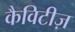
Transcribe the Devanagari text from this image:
कैविटीज़